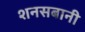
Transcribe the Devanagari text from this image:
शनसबानी